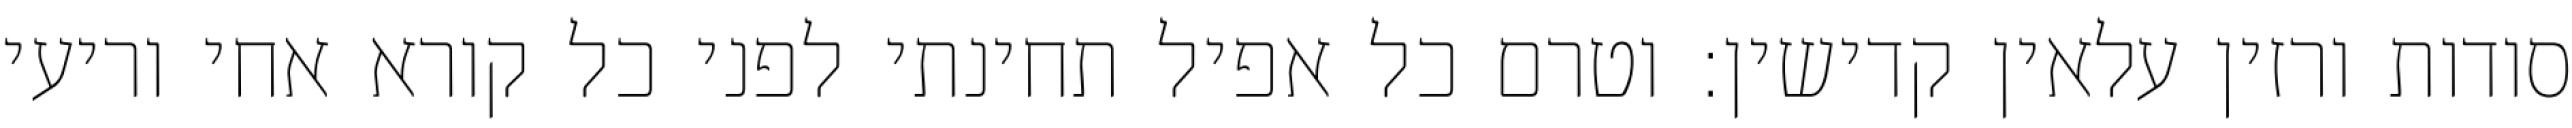
סודות ורזין עלאין קדישין: וטרם כל אפיל תחינתי לפני כל קורא אחי וריעי